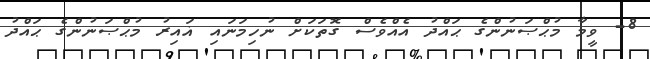
8- ވީމާ މުޙްޞަނުންގެ ޙައްދު އެއްވެސް ގޮތަކަށް ނުހިމަނައި ޣައިރު މުޙްޞަނުންގެ ޙައްދު